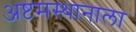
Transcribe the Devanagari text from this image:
अष्टमस्थानाला